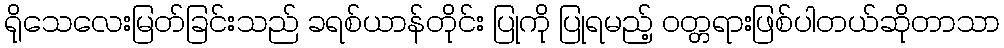
ရိုသေလေးမြတ်ခြင်းသည် ခရစ်ယာန်တိုင်း ပြုကို ပြုရမည့် ၀တ္တရားဖြစ်ပါတယ်ဆိုတာသာ